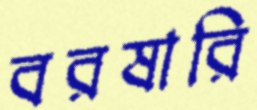
বরষারি